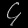
Digit: ၄